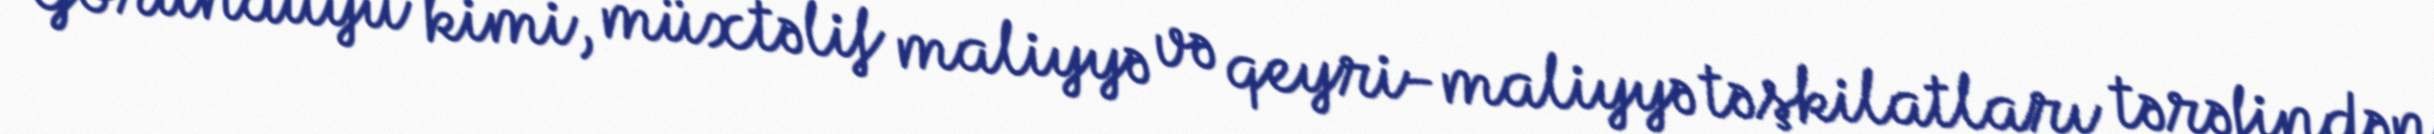
Göründüyü kimi, müxtəlif maliyyə və qeyri-maliyyə təşkilatları tərəfindən